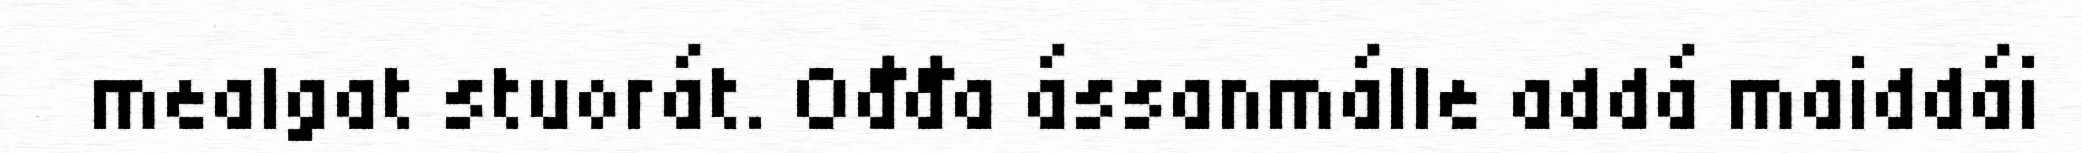
mealgat stuorát. Ođđa ássanmálle addá maiddái